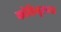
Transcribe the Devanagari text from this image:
कोहिनूरच्या